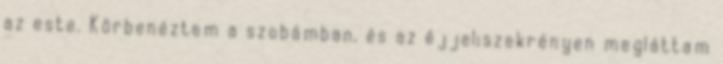
az este. Körbenéztem a szobámban, és az éjjeliszekrényen megláttam